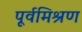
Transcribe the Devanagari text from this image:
पूर्वमिश्रण